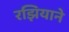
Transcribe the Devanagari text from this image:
रझियाने